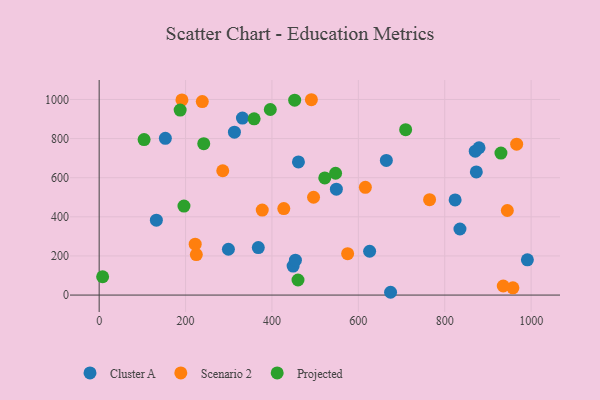
{"axis": {"x": "Investment", "y": "Rating"}, "legend": ["Cluster A", "Projected", "Scenario 2"], "data": [{"x": "313.1", "y": 832.9, "type": "Cluster A"}, {"x": "664.8", "y": 688.6, "type": "Cluster A"}, {"x": "449.0", "y": 148.0, "type": "Cluster A"}, {"x": "835.2", "y": 337.8, "type": "Cluster A"}, {"x": "153.2", "y": 801.2, "type": "Cluster A"}, {"x": "879.4", "y": 753.3, "type": "Cluster A"}, {"x": "299.2", "y": 234.2, "type": "Cluster A"}, {"x": "824.0", "y": 486.5, "type": "Cluster A"}, {"x": "626.1", "y": 224.0, "type": "Cluster A"}, {"x": "454.3", "y": 178.2, "type": "Cluster A"}, {"x": "461.3", "y": 680.5, "type": "Cluster A"}, {"x": "991.3", "y": 180.0, "type": "Cluster A"}, {"x": "132.4", "y": 383.1, "type": "Cluster A"}, {"x": "549.1", "y": 541.2, "type": "Cluster A"}, {"x": "368.4", "y": 242.7, "type": "Cluster A"}, {"x": "873.1", "y": 629.4, "type": "Cluster A"}, {"x": "674.6", "y": 14.3, "type": "Cluster A"}, {"x": "331.7", "y": 904.8, "type": "Cluster A"}, {"x": "870.6", "y": 735.6, "type": "Cluster A"}, {"x": "377.5", "y": 434.5, "type": "Scenario 2"}, {"x": "286.1", "y": 635.7, "type": "Scenario 2"}, {"x": "957.8", "y": 37.0, "type": "Scenario 2"}, {"x": "238.7", "y": 989.2, "type": "Scenario 2"}, {"x": "224.9", "y": 207.2, "type": "Scenario 2"}, {"x": "191.6", "y": 997.6, "type": "Scenario 2"}, {"x": "575.2", "y": 211.6, "type": "Scenario 2"}, {"x": "966.5", "y": 771.3, "type": "Scenario 2"}, {"x": "222.3", "y": 260.3, "type": "Scenario 2"}, {"x": "427.4", "y": 442.3, "type": "Scenario 2"}, {"x": "935.5", "y": 46.3, "type": "Scenario 2"}, {"x": "491.3", "y": 998.7, "type": "Scenario 2"}, {"x": "616.2", "y": 550.6, "type": "Scenario 2"}, {"x": "944.9", "y": 432.3, "type": "Scenario 2"}, {"x": "496.3", "y": 500.0, "type": "Scenario 2"}, {"x": "764.9", "y": 487.8, "type": "Scenario 2"}, {"x": "452.6", "y": 996.5, "type": "Projected"}, {"x": "196.3", "y": 454.8, "type": "Projected"}, {"x": "930.1", "y": 726.2, "type": "Projected"}, {"x": "396.2", "y": 948.7, "type": "Projected"}, {"x": "522.3", "y": 598.7, "type": "Projected"}, {"x": "187.5", "y": 945.8, "type": "Projected"}, {"x": "8.0", "y": 93.6, "type": "Projected"}, {"x": "104.0", "y": 795.1, "type": "Projected"}, {"x": "547.3", "y": 622.9, "type": "Projected"}, {"x": "242.1", "y": 774.0, "type": "Projected"}, {"x": "709.5", "y": 845.4, "type": "Projected"}, {"x": "460.3", "y": 77.1, "type": "Projected"}, {"x": "358.7", "y": 901.3, "type": "Projected"}]}